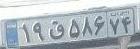
۱۹ق۵۸۶۷۴